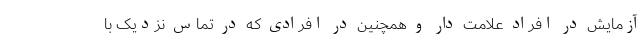
آزمایش در افراد علامت دار و همچنین در افرادی که در تماس نزدیک با